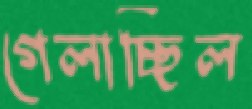
গেলাচ্ছিল